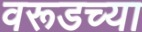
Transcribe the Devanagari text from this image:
वरूडच्या